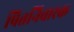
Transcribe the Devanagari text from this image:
पित्तनिवारक